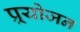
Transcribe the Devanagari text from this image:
प्र्रयोजन